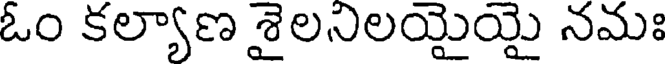
ఓం కల్యాణ శైలనిలయైయై నమః